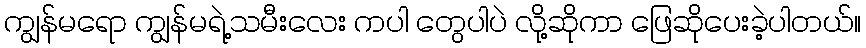
ကျွန်မရော ကျွန်မရဲ့သမီးလေး ကပါ တွေပါပဲ လို့ဆိုကာ ဖြေဆိုပေးခဲ့ပါတယ်။